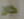
كان